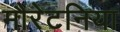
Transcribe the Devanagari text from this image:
मौरेटनिया